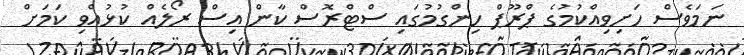
ނަމަވެސް ހަށިވިއްކުުމުގެ ޕްރޫޕް ހިންގުމުގައި ސްޓްރޮސް ކާން އިސް ރޯލެއް ކުޅުއްވި ކަމަށް